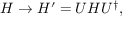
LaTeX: H \to H ^ { \prime } = U H U ^ { \dagger } ,